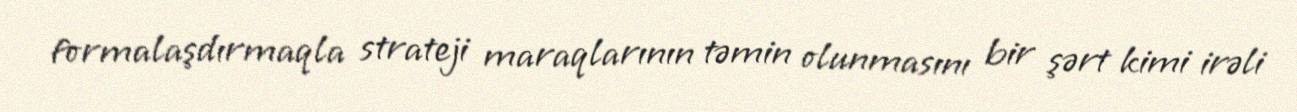
formalaşdırmaqla strateji maraqlarının təmin olunmasını bir şərt kimi irəli